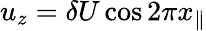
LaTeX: u_{z}=\delta U\cos 2\pi x_{\| }